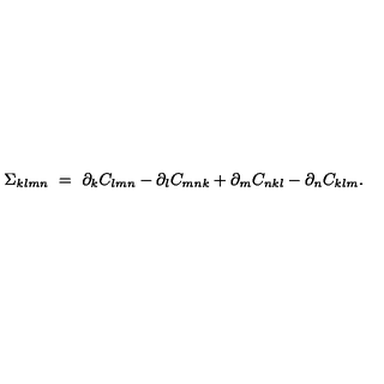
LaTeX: \Sigma _ { k l m n } \ = \ \partial _ { k } C _ { l m n } - \partial _ { l } C _ { m n k } + \partial _ { m } C _ { n k l } - \partial _ { n } C _ { k l m } .